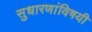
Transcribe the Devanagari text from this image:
सुधारणांविषयी